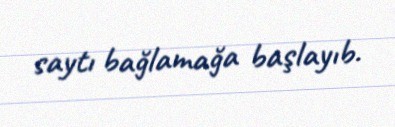
saytı bağlamağa başlayıb.